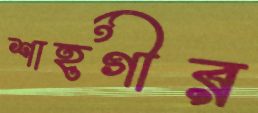
শাহগীর